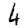
Digit: 4